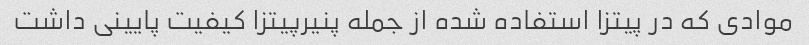
موادی که در پیتزا استفاده شده از جمله پنیرپیتزا کیفیت پایینی داشت